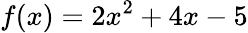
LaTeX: f(x)=2x^{2}+4x-5